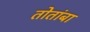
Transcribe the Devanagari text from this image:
तोतांबा